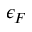
\epsilon _ { F }